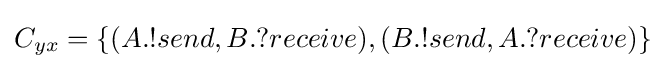
C_{yx}=\{(A.!send,B.?receive),(B.!send,A.?receive)\}